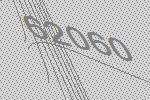
62060